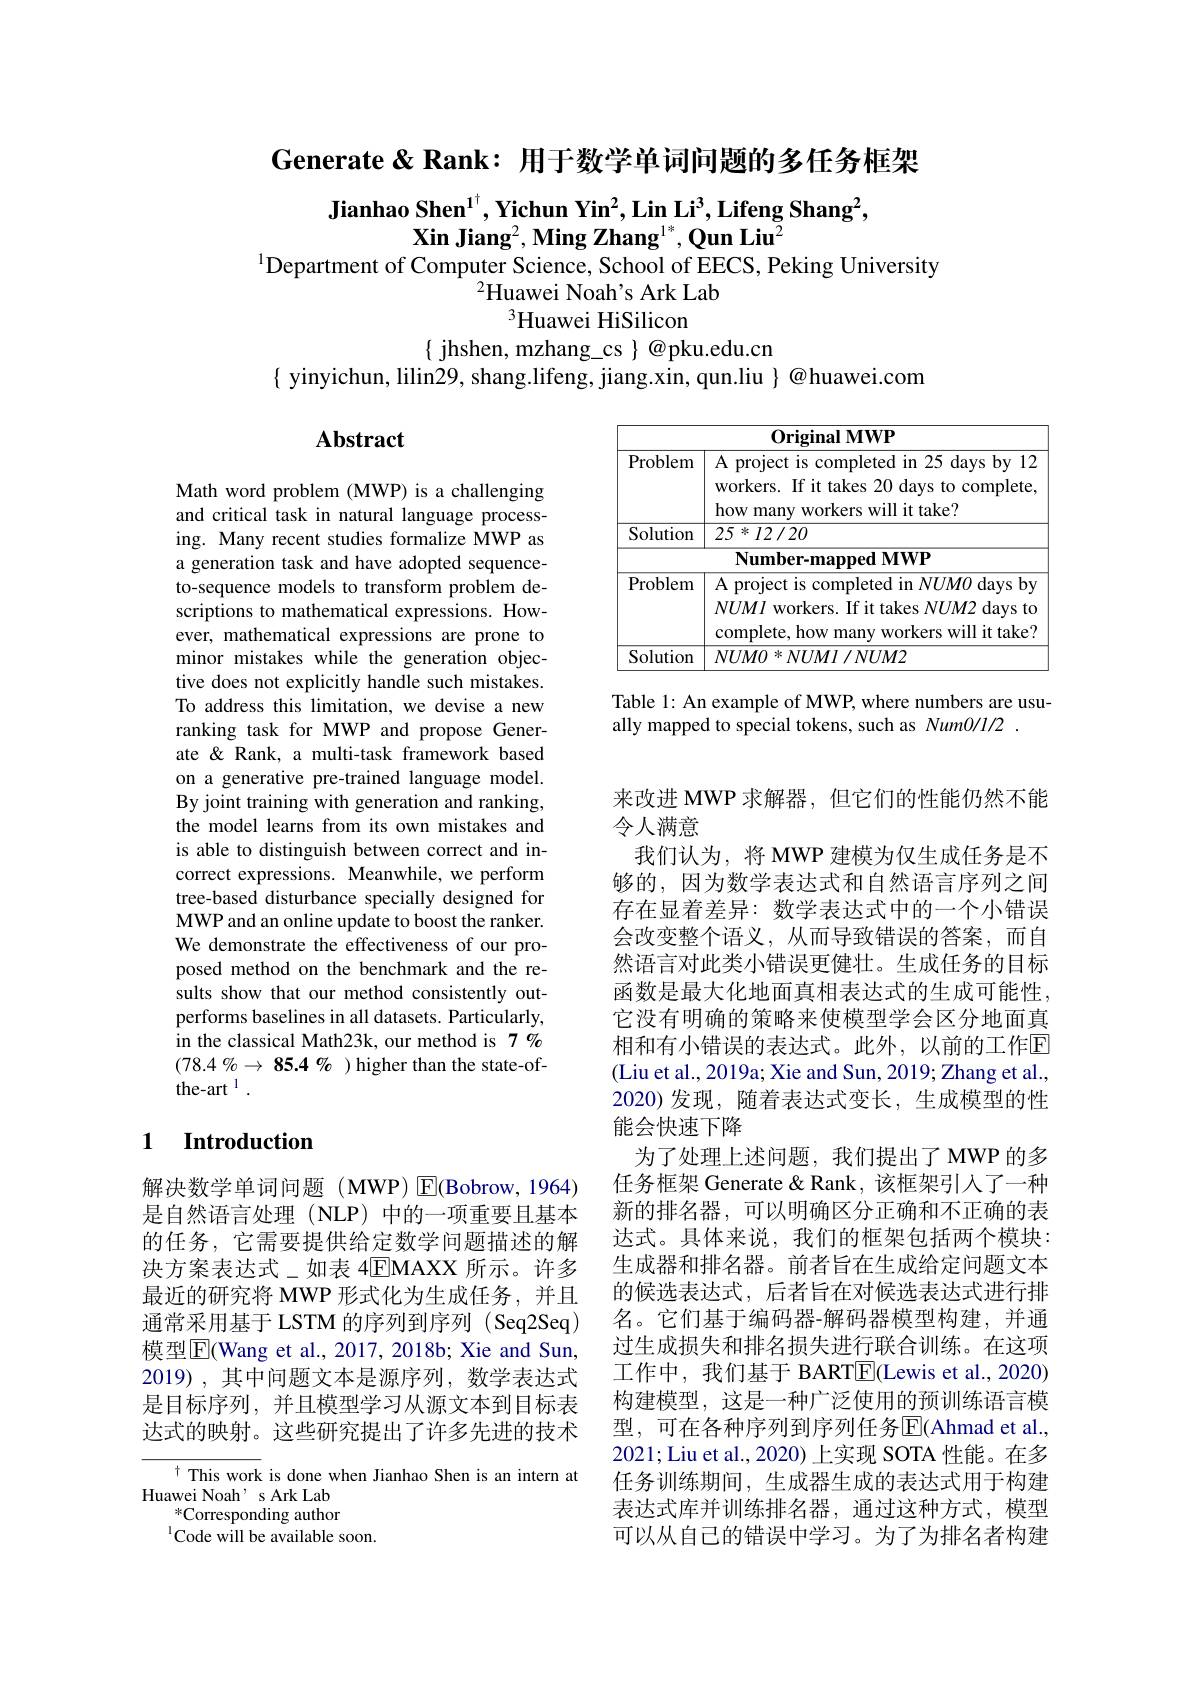
Generate& Rank: 用于数学单词问题的多任务框架

Jianhao Shen$^1^{\dagger},\textbf{Yichun Yin}^2$,Lin Li$^3,\textbf{Lifeng Shang}^2$,
$\textbf{Xin Jiang}^2,\textbf{Ming Zhang}^{1*},\textbf{Qun Liu}^2$
$^{1}$Department of Computer Science, School of EECS, Peking University
$^{2}$Huawei Noah's Ark Lab
$^{3}$Huawei HiSilicon
$\{$ jhshen, mzhang\_cs $\}@$pku.edu.cn
$\{$ yinyichun, lilin29, shang.lifeng, jiang.xin, qun.liu $\}@$huawei.com

## $\mathbf{Abstract}$

<table>
	<tbody>
		<tr>
			<th> </th>
			<th>0riginal MWP</th>
		</tr>
		<tr>
			<td>Problem</td>
			<td>A project is completed in 25 days by 12 workers. If it takes 20 days to complete will it take? hous</td>
		</tr>
		<tr>
			<td>Solution</td>
			<td>$25*I2/20$</td>
		</tr>
		<tr>
			<td>Problem</td>
			<td>A project is completed in $NUMO$ days by $NUMI$ workers. If it takes $NUM2$ days to comnlete how r rkers will it take</td>
		</tr>
		<tr>
			<td>Solution</td>
			<td>$NUM0*NUMI/NUM2$</td>
		</tr>
	</tbody>
</table>

Table 1: An example of MWP, where numbers are usu-
ally mapped to special tokens, such as Num0/1/2

Math word problem (MWP) is a challenging and critical task in natural language processing. Many recent studies formalize MWP as a generation task and have adopted sequenceto-sequence models to transform problem descriptions to mathematical expressions. However, mathematical expressions are prone to minor mistakes while the generation objective does not explicitly handle such mistakes. To address this limitation, we devise a new ranking task for MWP and propose Generate & Rank, a multi-task framework based on a generative pre-trained language model. By joint training with generation and ranking, the model learns from its own mistakes and is able to distinguish between correct and incorrect expressions. Meanwhile, we perform tree-based disturbance specially designed for MWP and an online update to boost the ranker. We demonstrate the effectiveness of our proposed method on the benchmark and the results show that our method consistently outperforms baselines in all datasets. Particularly, in the classical Math23k, our method is 7 % $(78.4\%\to85.4\%)$higher than the state-ofthe-art $^{1}.$

### 1 Introduction

来改进 MWP 求解器，但它们的性能仍然不能
令人满意
我们认为，将 MWP 建模为仅生成任务是不够的，因为数学表达式和自然语言序列之间存在显着差异：数学表达式中的一个小错误会改变整个语义，从而导致错误的答案，而自然语言对此类小错误更健壮。生成任务的目标函数是最大化地面真相表达式的生成可能性， 它没有明确的策略来使模型学会区分地面真相和有小错误的表达式。此外，以前的工作回(Liu et al., 2019a; Xie and Sun, 2019; Zhang et al., 2020)发现，随着表达式变长，生成模型的性能会快速下降
为了处理上述问题，我们提出了MWP 的多任务框架 Generate & Rank, 该框架引入了一种新的排名器，可以明确区分正确和不正确的表达式。具体来说，我们的框架包括两个模块： 生成器和排名器。前者旨在生成给定问题文本的候选表达式，后者旨在对候选表达式进行排名。它们基于编码器-解码器模型构建，并通过生成损失和排名损失进行联合训练。在这项工作中，我们基于 BARTE(Lewis et al., 2020) 构建模型，这是一种广泛使用的预训练语言模型，可在各种序列到序列任务$\overline{\mathrm{E}}($Ahmad et al., 2021; Liu et al., 2020) 上实现 SOTA 性能。在多任务训练期间，生成器生成的表达式用于构建表达式库并训练排名器，通过这种方式，模型可以从自己的错误中学习。为了为排名者构建

解决数学单词问题(MWP)▣(Bobrow,1964) 是自然语言处理(NLP)中的一项重要且基本的任务，它需要提供给定数学问题描述的解决方案表达式\_如表 4EMAXX 所示。许多最近的研究将 MWP 形式化为生成任务，并且通常采用基于 LSTM 的序列到序列 ( Seq2Seq) 模型$\overline{\mathrm{E}}($Wang et al., 2017, 2018b; Xie and Sun, 2019),其中问题文本是源序列，数学表达式是目标序列，并且模型学习从源文本到目标表达式的映射。这些研究提出了许多先进的技术

$^{\dagger}$ This work is done when Jianhao Shen is an intern at
Huawei Noah' s Ark Lab
${}^*$Corresponding author
$^{1}$Code will be available soon.